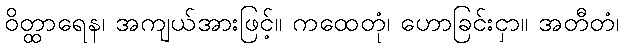
ဝိတ္ထာရေန၊ အကျယ်အားဖြင့်။ ကထေတုံ၊ ဟောခြင်းငှာ။ အတီတံ၊